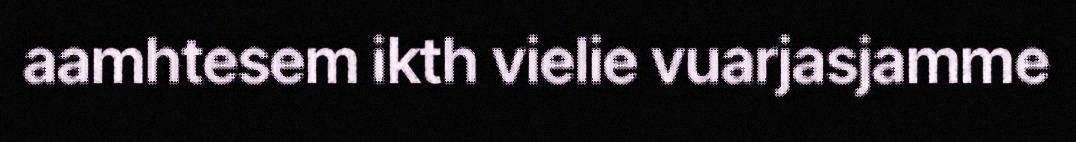
aamhtesem ikth vielie vuarjasjamme